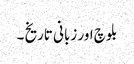
بلوچ اور زبانی تاریخ ۔